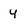
Character: 4